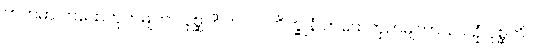
ကတမာ ကထေတုကမျတာ ပုစ္ဆာ? ဘဂဝါ ဘိက္ခူနံ ကထေတုကမျတာယ ပဉှံ ပုစ္ဆတိ။